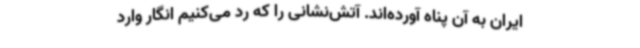
ایران به آن پناه آورده‌اند. آتش‌نشانی را که رد می‌کنیم انگار وارد